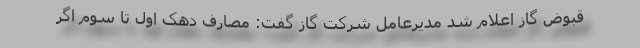
قبوض گاز اعلام شد مدیرعامل شرکت گاز گفت: مصارف دهک اول تا سوم اگر